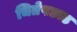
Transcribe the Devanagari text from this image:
चितेपछाड